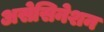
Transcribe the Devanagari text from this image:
असेसिनेशन